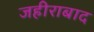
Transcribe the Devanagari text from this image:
जहीराबाद